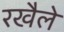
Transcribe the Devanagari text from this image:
रखैले